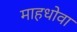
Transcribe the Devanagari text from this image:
माहधोवा